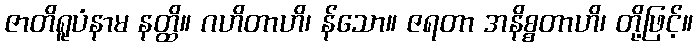
ဇာတိရူပံနာမ နတ္ထိ။ ဂဟိတာဟိ၊ န်သော။ ဇရတာ အနိစ္စတာဟိ၊ တို့ဖြင့်။